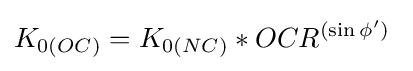
K_{0(OC)}=K_{0(NC)}*OCR^{(\sin \phi ')}\